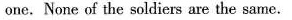
one. None of the solliers are the same.